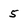
Character: 5